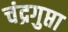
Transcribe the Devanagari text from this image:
चंद्रगुप्ता